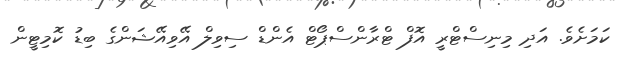
ކަމަށެވެ. އަދި މިނިސްޓްރީ އޮފް ޓްރާންސްޕޯޓް އެންޑް ސިވިލް އޭވިއޭޝަންގެ ބިޑު ކޮމިޓީން